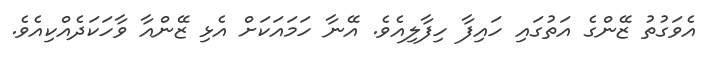
އެވަގުތު ޒޭންގެ އަތުގައި ހައިފާ ހިފާލިއެވެ. އޭނާ ހަމައަކަށް އެޅި ޒޭންއާ ވާހަކަދެއްކިއެވެ.